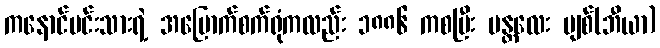
ကနောင်မင်းသားရဲ့ အမြောက်စက်ရုံကလည်း ၁၈၈၆ ကစပြီး မန္တလေး ဗျစ်(ဘီယာ)